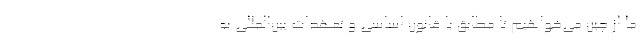
ما از چین می‌خواهیم تا مطابق با قانون اساسی و تعهدات بین‌المللی به